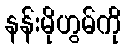
နန်းမိုဟွမ်ကို